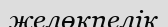
желөкпелік